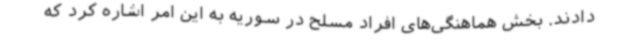
دادند. بخش هماهنگی‌های افراد مسلح در سوریه به این امر اشاره کرد که